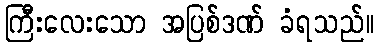
ကြီးလေးသော အပြစ်ဒဏ် ခံရသည်။